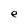
Character: e